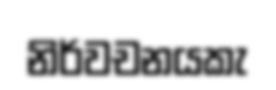
නිර්වචනයකැ